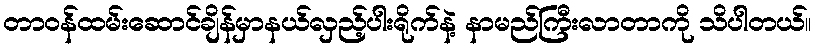
တာဝန်ထမ်းဆောင်ချိန်မှာနယ်လှည့်ပါးရိုက်နဲ့ နာမည်ကြီးလာတာကို သိပါတယ်။